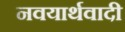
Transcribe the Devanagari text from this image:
नवयार्थवादी